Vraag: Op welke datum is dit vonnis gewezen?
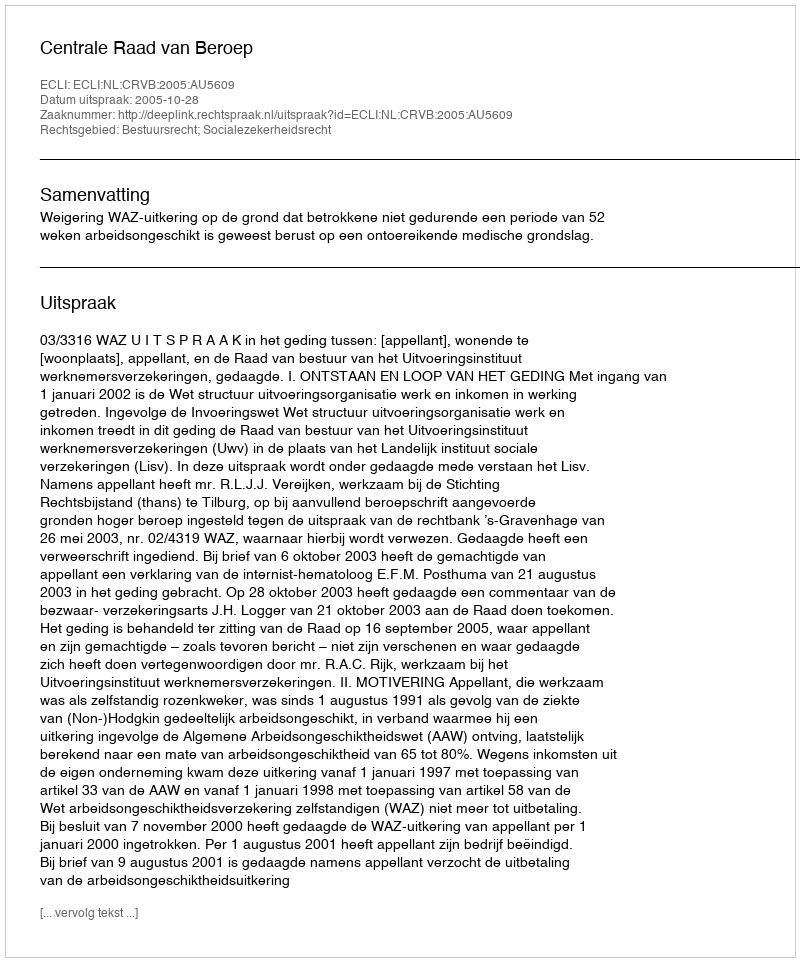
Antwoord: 2005-10-28